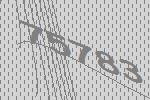
75783